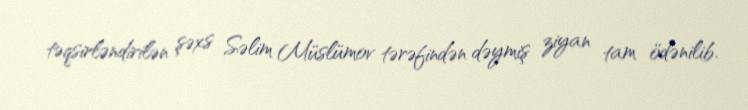
təqsirləndirilən şəxs Səlim Müslümov tərəfindən dəymiş ziyan tam ödənilib.